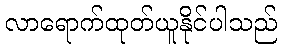
လာရောက်ထုတ်ယူနိုင်ပါသည်